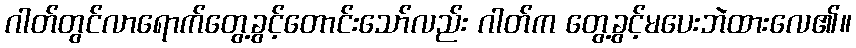
ဂါတ်တွင်လာရောက်တွေ့ခွင့်တောင်းသော်လည်း ဂါတ်က တွေ့ခွင့်မပေးဘဲထားလေ၏။